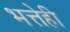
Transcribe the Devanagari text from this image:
भत्तेही